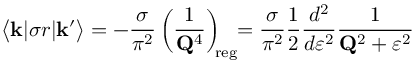
\big < { \bf k } | \sigma r | { \bf k ^ { \prime } } \big > = - \frac { \sigma } { \pi ^ { 2 } } \left( \frac { 1 } { { \bf Q } ^ { 4 } } \right) _ { \! \! \mathrm { r e g } } \! \! = \frac { \sigma } { \pi ^ { 2 } } \frac { 1 } { 2 } \frac { d ^ { 2 } } { d \varepsilon ^ { 2 } } \frac { 1 } { { \bf Q } ^ { 2 } + \varepsilon ^ { 2 } }